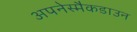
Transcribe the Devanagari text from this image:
अपनेस्मैकडाउन